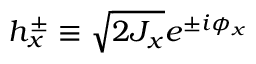
h _ { x } ^ { \pm } \equiv \sqrt { 2 J _ { x } } e ^ { \pm i \phi _ { x } }